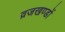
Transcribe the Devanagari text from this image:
व्रजखण्डों